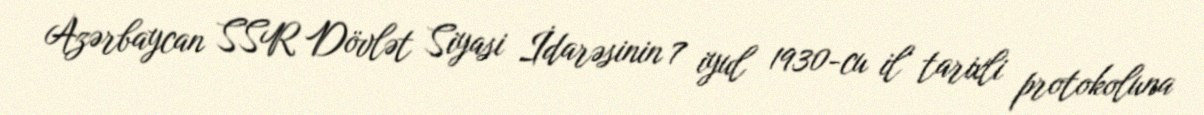
Azərbaycan SSR Dövlət Siyasi İdarəsinin 7 iyul 1930-cu il tarixli protokoluna